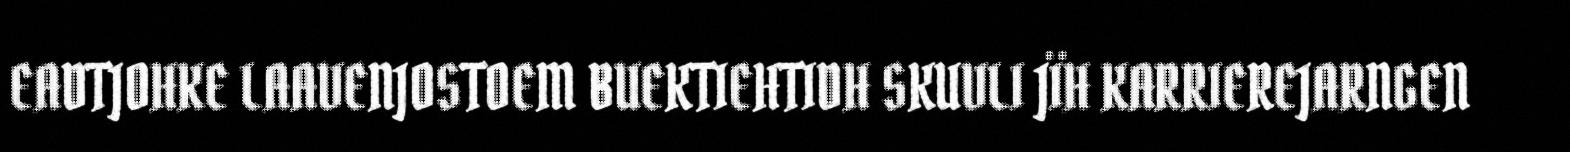
EADTJOHKE LAAVENJOSTOEM BUEKTIEHTIDH SKUVLI JÏH KARRIEREJARNGEN